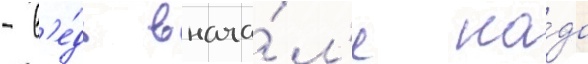
- в'е́дь внача́л'е на́до